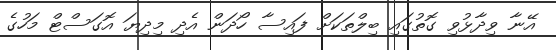
އޭނާ ވިދާޅުވި ގޮތުގައި ބިލްތަކަށް ފައިސާ ހޯދަން އެދި މިދިޔަ އޮގަސްޓް މަހުގެ